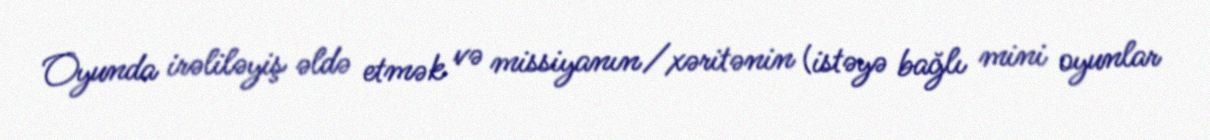
Oyunda irəliləyiş əldə etmək və missiyanın/xəritənin (istəyə bağlı mini oyunlar